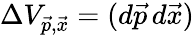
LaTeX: \Delta V_{\vec{p},\vec{x}}=(d\vec{p}\, d\vec{x})